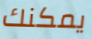
يمكنك